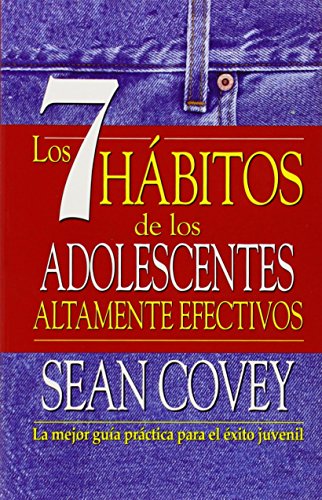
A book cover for Los 7 hÃ¡bitos de los adolescentes altamente efectivos (Spanish Edition); Sean Covey; Medical Books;